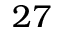
2 7